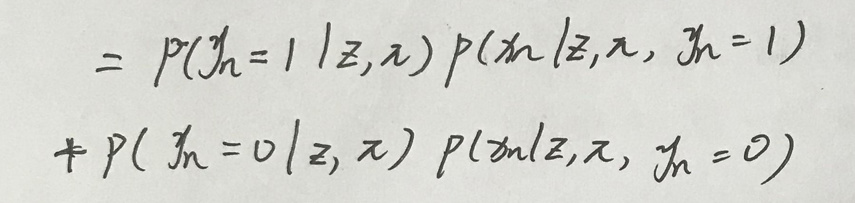
\[
\begin{align*}
&= p(y_n = 1 \mid z, \pi) p(x_n \mid z, \pi, y_n = 1)\\
&+ p(y_n = 0 \mid z, \pi) p(x_n \mid z, \pi, y_n = 0)
\end{align*}
\]